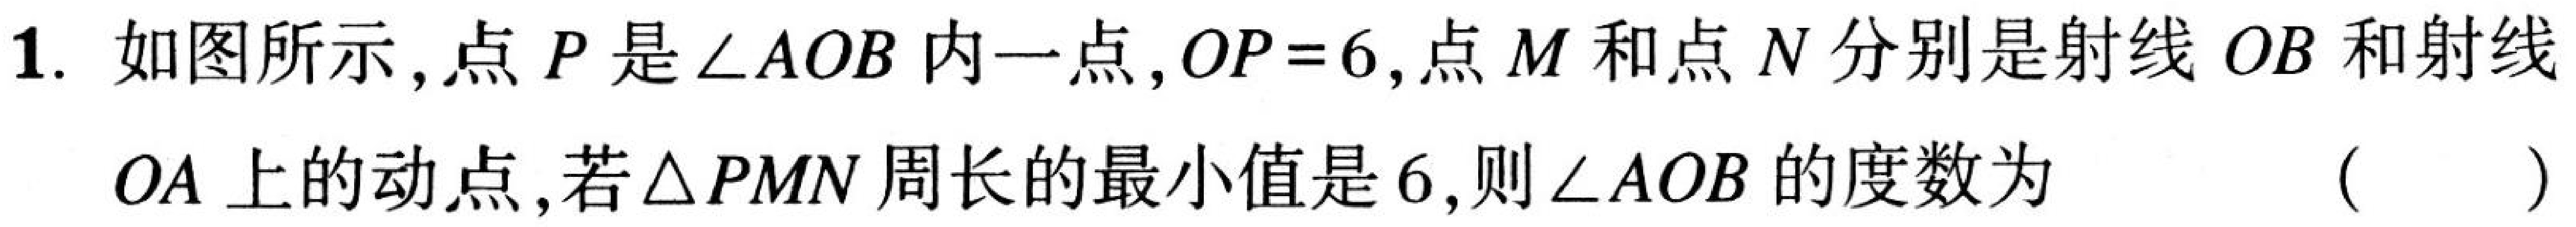
1. 如图所示,点\(P\)是\(\angle AOB\)内一点,\(OP = 6\),点\(M\)和点\(N\)分别是射线\(OB\)和射线
\(OA\)上的动点,若\(\triangle PMN\)周长的最小值是\(6\),则\(\angle AOB\)的度数为 （  ）